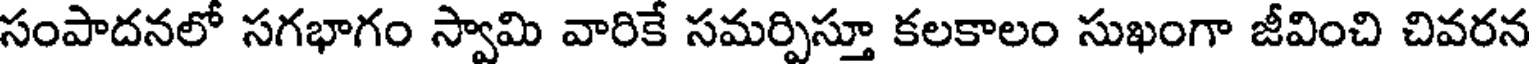
సంపాదనలో సగభాగం స్వామి వారికే సమర్పిస్తూ కలకాలం సుఖంగా జీవించి చివరన